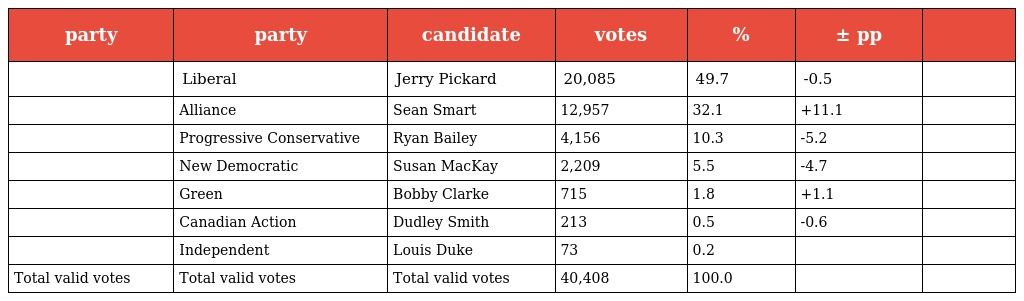
| party | party | candidate | votes | % | ± pp |  |
 | --- | --- | --- | --- | --- | --- | --- |
 |  | Liberal | Jerry Pickard | 20,085 | 49.7 | -0.5 |  |
 |  | Alliance | Sean Smart | 12,957 | 32.1 | +11.1 |  |
 |  | Progressive Conservative | Ryan Bailey | 4,156 | 10.3 | -5.2 |  |
 |  | New Democratic | Susan MacKay | 2,209 | 5.5 | -4.7 |  |
 |  | Green | Bobby Clarke | 715 | 1.8 | +1.1 |  |
 |  | Canadian Action | Dudley Smith | 213 | 0.5 | -0.6 |  |
 |  | Independent | Louis Duke | 73 | 0.2 |  |  |
 | Total valid votes | Total valid votes | Total valid votes | 40,408 | 100.0 |  |  |